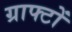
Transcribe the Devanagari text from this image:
ग्राफ्टों